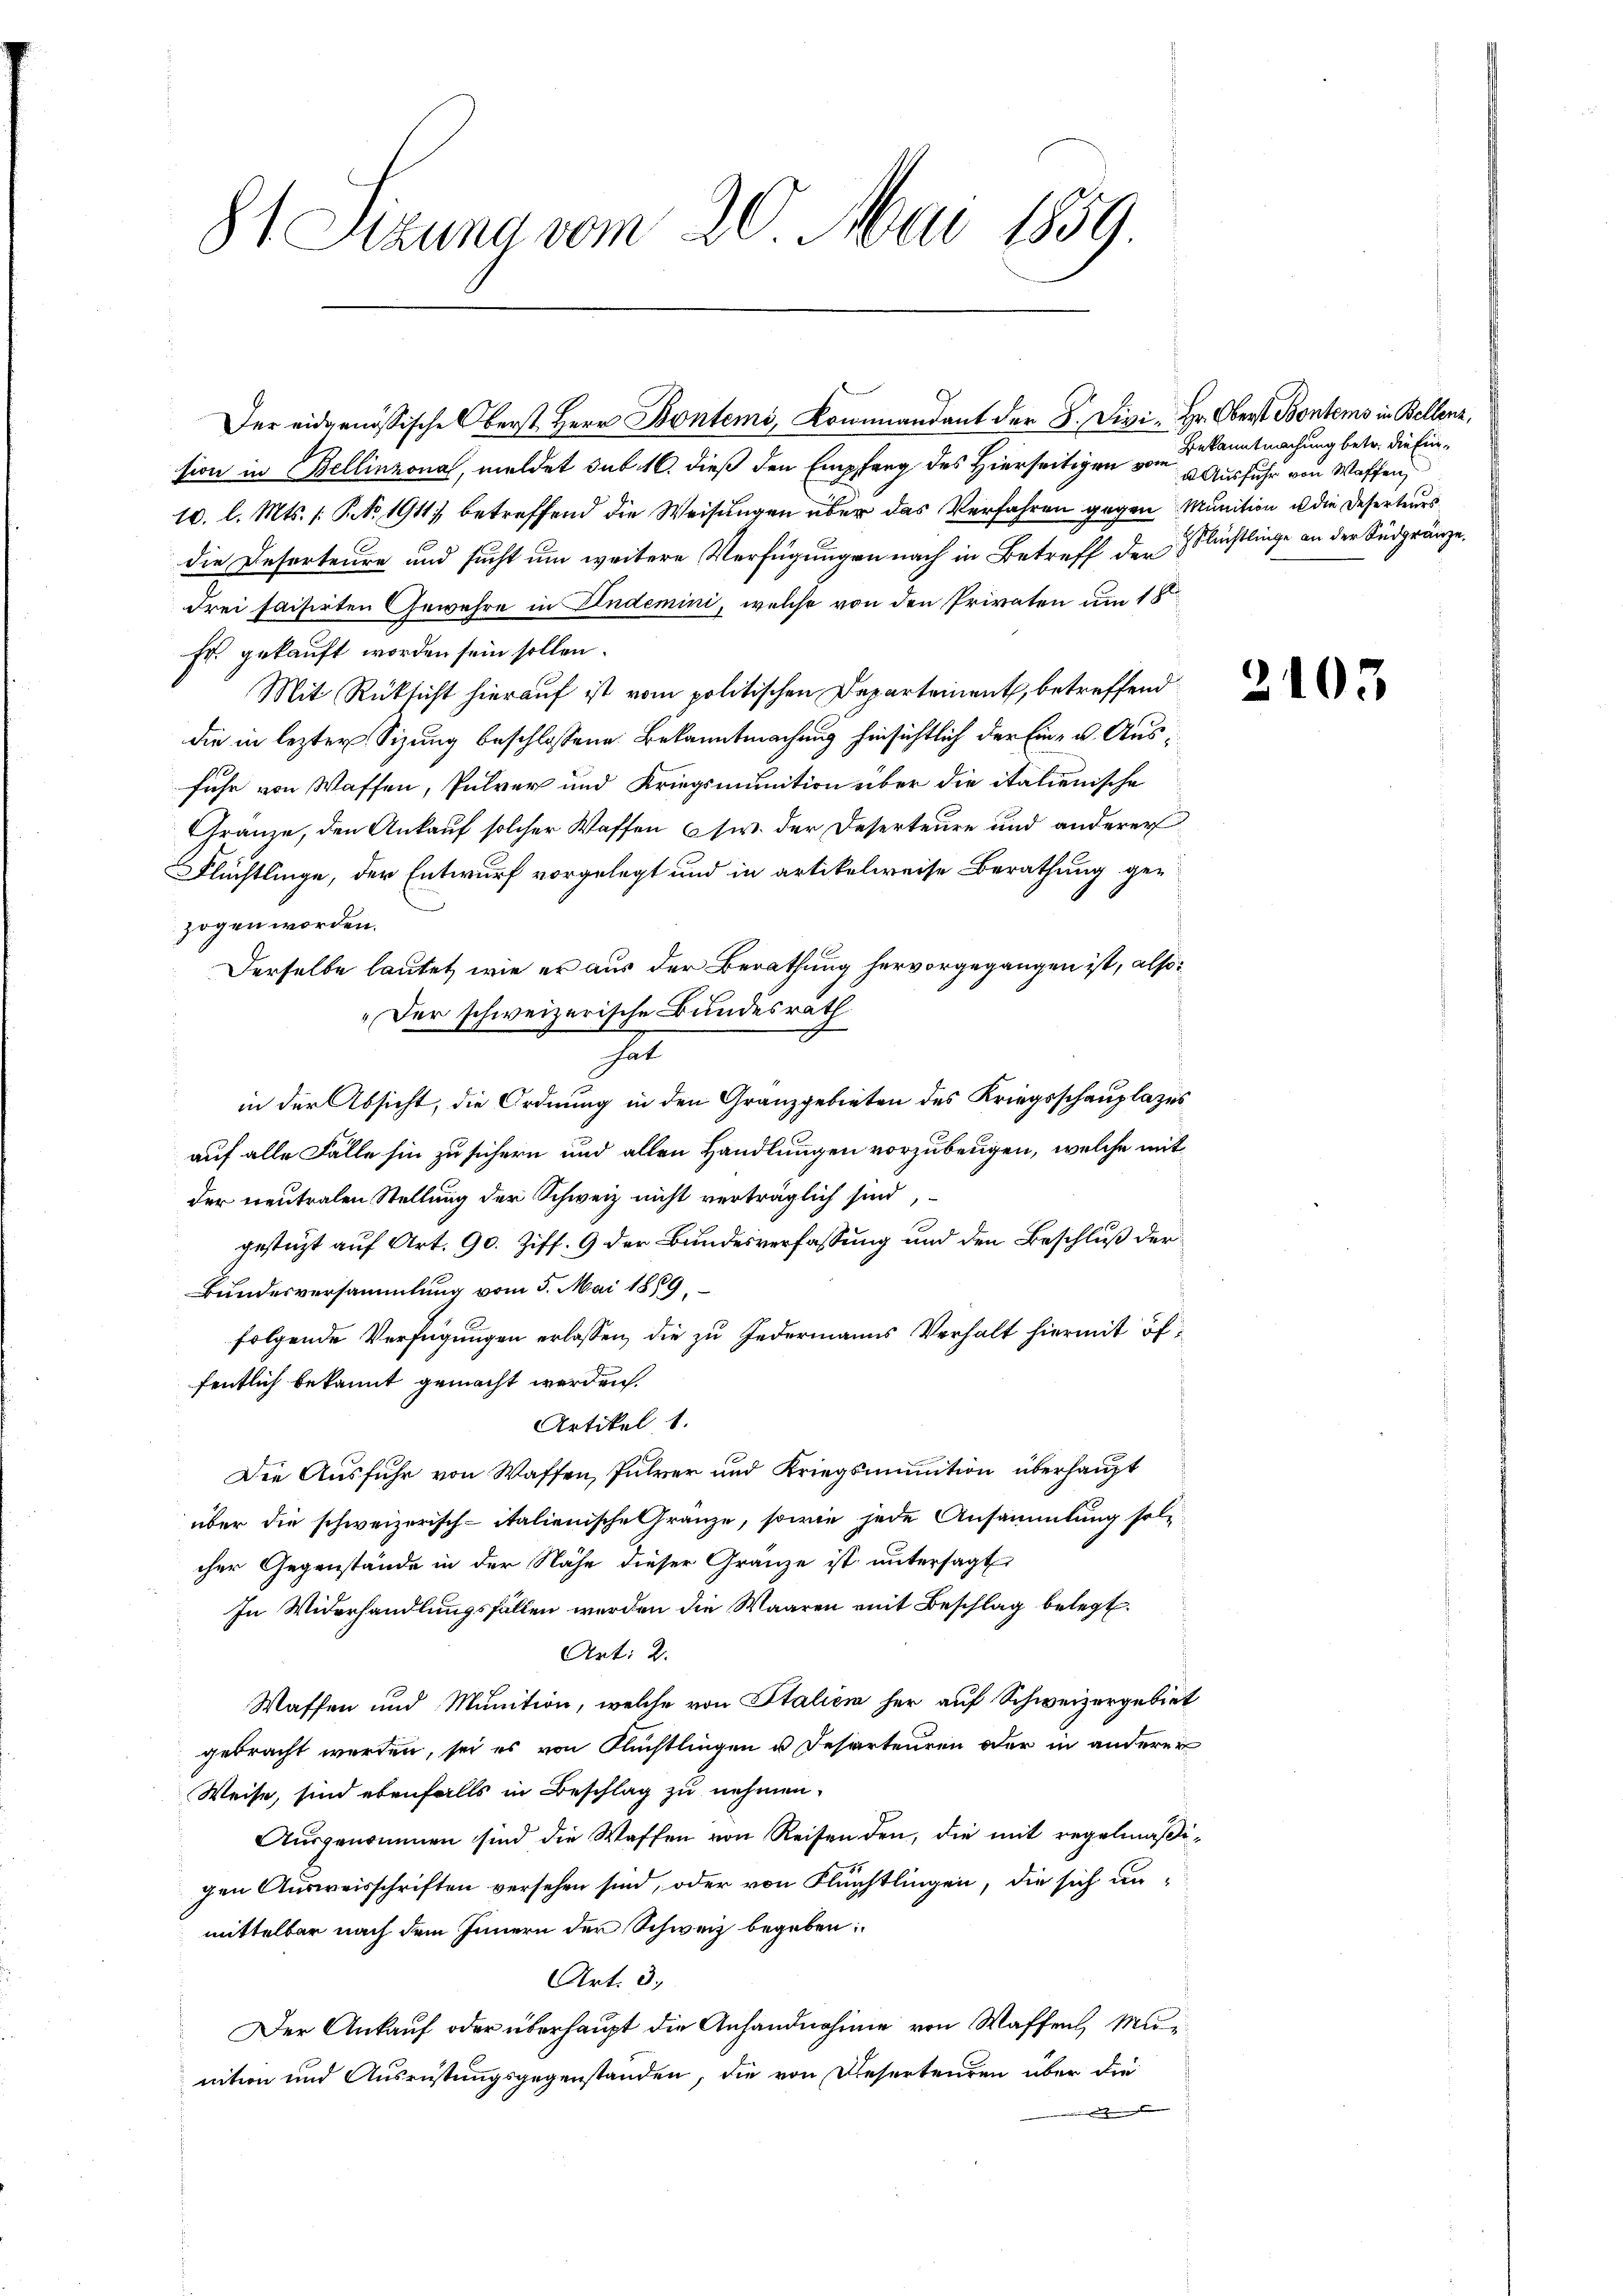
81 Sizung vom 20. Mai 1859

sion in Bellinzona, meldet sub. 16. dieß den Empfang des Hierseitigen vom 2. Ausfuhr von Waffen,
10. l. Mts. 1. No 1911 betreffend die Weisungen über das Verfahren gegen Munition u die Deserteurs
die Deserteure und sucht um weitere Verfügungen nach in Betreff der Fleistlinge an der Südgränze
drei faisirten Gewehre in Endemini, welche von den Privaten um 18
Er gekauft worden sein sollen.
Mit Rüksicht hierauf ist vom politischen Departement, betreffend
die in lezter Sitzung beschlossene Bekanntmachung hinsichtlich der Ein- u. Ausfuhr von Waffen, Pulver und Kriegsmunition über die italienische
Gränze, den Ankauf solcher Waffen w. der Deserteure und anderer
Flüchtlinge, der Entwurf vorgelegt und in artikelweise Berathung gezogen worden.
Derselbe lautet, wie er aus der Berathung hervorgegangen ist, also:
„Der schweizerische Bundesräth
hat
in der Absicht, die Ordnung in den Granzgebieten des Kriegsschauplazes
auf alle Fälle hin zu sichern und allen Handlungen vorzubeugen, welche mit
der neutralen Stellung der Schweiz nicht verträglich sind,
gestüzt auf Art. 90. Ziff. 9 der Bundesverfassung und den Beschluß der
Bundesversammlung vom 5. Mai 1859,
folgende Verfügungen erlassen, die zu Jedermanns Verhalt hiermit öffentlich bekannt gemacht werden.
Artikel 1.
Die Ausfuhr von Waffen, führer und Kriegsmunition überhaupt
über die schweizerisch-italienische Gränze, sowie jede Ansammlung solcher Gegenstände in der Nähe dieser Gränze ist untersagt
In Widerhandlungsfällen werden die Waaren mit Beschlag belegt.
Art: 2.
Waffen und Munition, welche von Italien her auf Schweizergebiet
gebracht werden, sei es von Flüchtlingen u. Deserteuren oder in anderer
Weise, sind ebenfalls in Beschlag zu nehmen.
Ausgenommen sind die Waffen von Reisenden, die mit regelmäßigen Ausweisschriften versehen sind, oder von Flüchtlingen, die sich unmittelbar nach dem Innern der Schweiz begeben:
Art. 3.
Der Ankauf oder überhaupt die Anhandnahme von Waffen, Mu
nition und Ausrüstungsgegenstanden, die von Deserteuren über die
d

Der eidgenössische Oberst Herr Bontems, Kommandant der S. Divi. Hr. Oberst Bontems in Bellenz,

Bekanntmachung betr. die Ein¬

2105